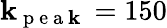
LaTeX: \mathbf{k}_{\mathrm{{~p~e~a~\mathbf{k}~}}}=150